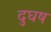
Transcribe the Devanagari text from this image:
दुघष